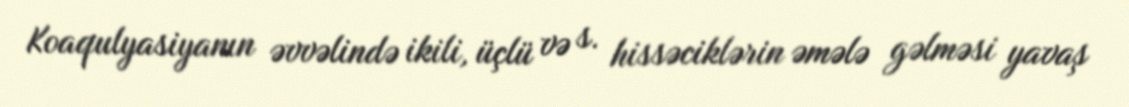
Koaqulyasiyanın əvvəlində ikili, üçlü və s. hissəciklərin əmələ gəlməsi yavaş